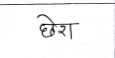
मजकूर: छेरा